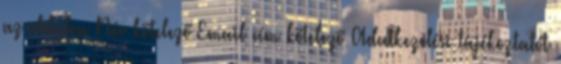
az oldalon Név kötelező Email cím kötelező Adatkezelési tájékoztatót